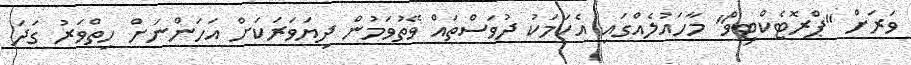
ވަރަށް "ޕްރޮޓެކްޓިވް" މާހައުލެއްގައި އެކަމަކު ދުވަސްތައް ވޭތުވަމުން ދިޔަވަރަކަށް އަހަންނަށް ހިތްވަރު ގަދަ